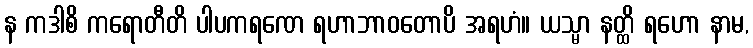
န ကဒါစိ ကရောတီတိ ပါပကရဏေ ရဟာဘာဝတောပိ အရဟံ။ ယသ္မာ နတ္ထိ ရဟော နာမ,